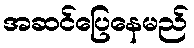
အဆင်ပြေနေမည်